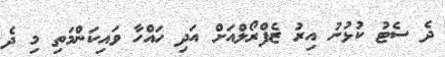
ދެ ސެޓު ކުޅުނު އިރު ޒެފްރޯލްއަށް އަދި ހައްހާ ވައިކަންމަތި މި ދެ